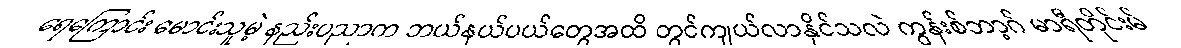
ရေကြောင်း မောင်းသူမဲ့ နည်းပညာက ဘယ်နယ်ပယ်တွေအထိ တွင်ကျယ်လာနိုင်သလဲ ကွန်းစ်ဘာ့ဂ် မာရီတိုင်းမ်